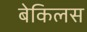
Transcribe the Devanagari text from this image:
बेकिलस